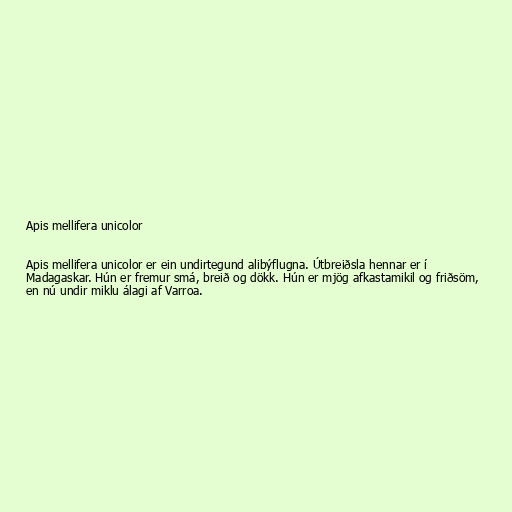
Apis mellifera unicolor

Apis mellifera unicolor er ein undirtegund alibýflugna. Útbreiðsla hennar er í
Madagaskar. Hún er fremur smá, breið og dökk. Hún er mjög afkastamikil og friðsöm,
en nú undir miklu álagi af Varroa.